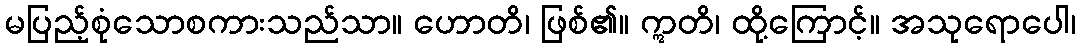
မပြည့်စုံသောစကားသည်သာ။ ဟောတိ၊ ဖြစ်၏။ ဣတိ၊ ထို့ကြောင့်။ အသုရောပေါ၊